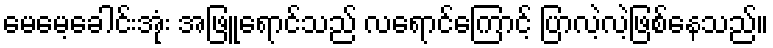
မေမေ့ခေါင်းအုံး အဖြူရောင်သည် လရောင်ကြောင့် ပြာလဲ့လဲ့ဖြစ်နေသည်။